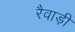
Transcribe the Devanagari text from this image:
रैवाड़ी